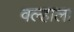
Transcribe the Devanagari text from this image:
वल्हाला